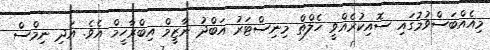
މިއެއްބަސްވުމުގައި ސޮއިކުރެއްވީ ހެލްތް މިނިސްޓަރު އަބްދު ނާޒީމް އިބްރާހީމް އެވެ. އަދި ނިމްސް